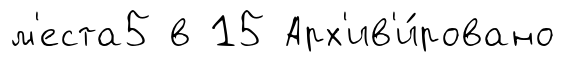
м'еста5 в 15 Арх'ив'и́ровано